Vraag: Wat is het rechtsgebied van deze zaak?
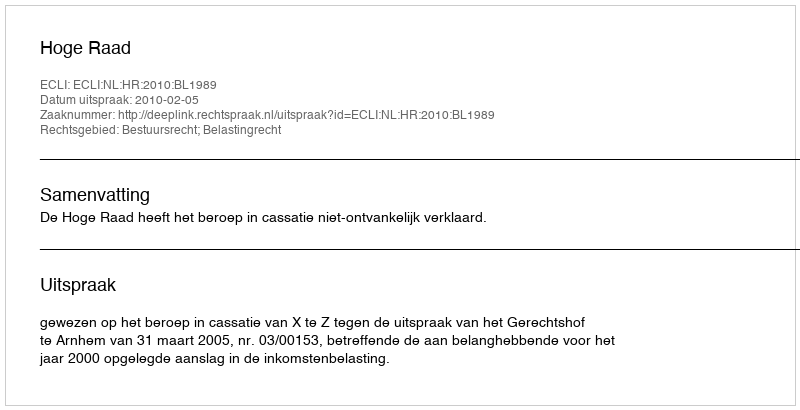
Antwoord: Bestuursrecht; Belastingrecht